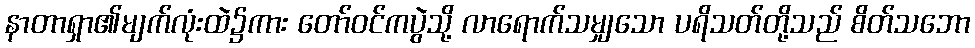
နာတာရှာ၏မျက်လုံးထဲ၌ကား တော်ဝင်ကပွဲသို့ လာရောက်သမျှသော ပရိသတ်တို့သည် စိတ်သဘော